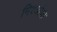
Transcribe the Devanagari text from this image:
मिश्यांचा